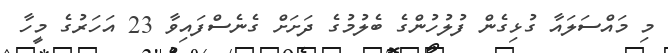
މި މައްސަލައާ ގުޅިގެން ފުލުހުންގެ ބެލުމުގެ ދަށަށް ގެނެސްފައިވާ 23 އަހަރުގެ މީހާ